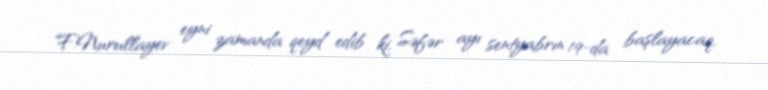
F.Nurullayev eyni zamanda qeyd edib ki, Səfər ayı sentyabrın 19-da başlayacaq,